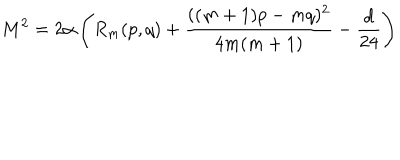
LaTeX: M ^ { 2 } = 2 \alpha \left( R _ { m } ( p , q ) + { \frac { ( ( m + 1 ) p - m q ) ^ { 2 } } { 4 m ( m + 1 ) } } - { \frac { d } { 2 4 } } \right)